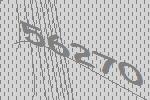
56270